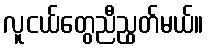
လူငယ်တွေညီညွတ်မယ်။